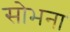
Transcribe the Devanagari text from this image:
सोभना